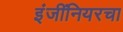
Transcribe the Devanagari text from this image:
इंजींनियरचा